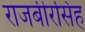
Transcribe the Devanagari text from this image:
राजबीरसिंह